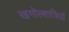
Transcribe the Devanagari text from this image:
खगोल्शात्रियों